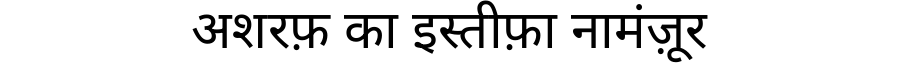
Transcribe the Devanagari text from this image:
अशरफ़ का इस्तीफ़ा नामंज़ूर